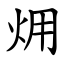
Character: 㶲